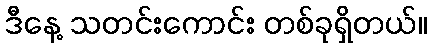
ဒီနေ့ သတင်းကောင်း တစ်ခုရှိတယ်။